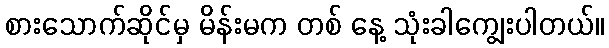
စားသောက်ဆိုင်မှ မိန်းမက တစ် နေ့ သုံးခါကျွေးပါတယ်။